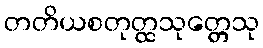
တတိယစတုတ္ထသုတ္တေသု